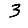
Digit: 3